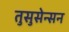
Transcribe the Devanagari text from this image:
तुसुसेन्सन